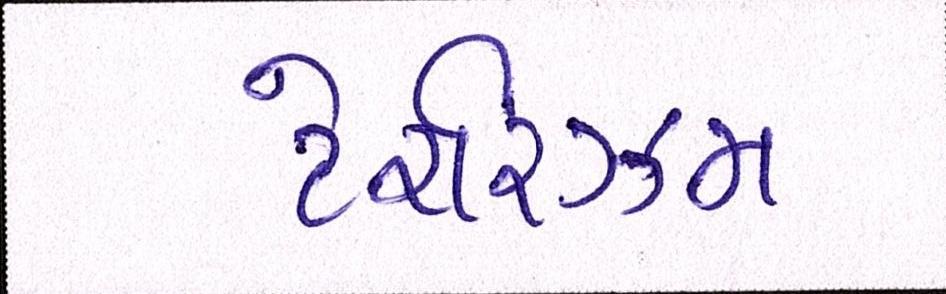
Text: ટેરરિઝમ